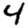
Digit: 4